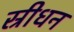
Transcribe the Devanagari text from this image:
स्रीधन